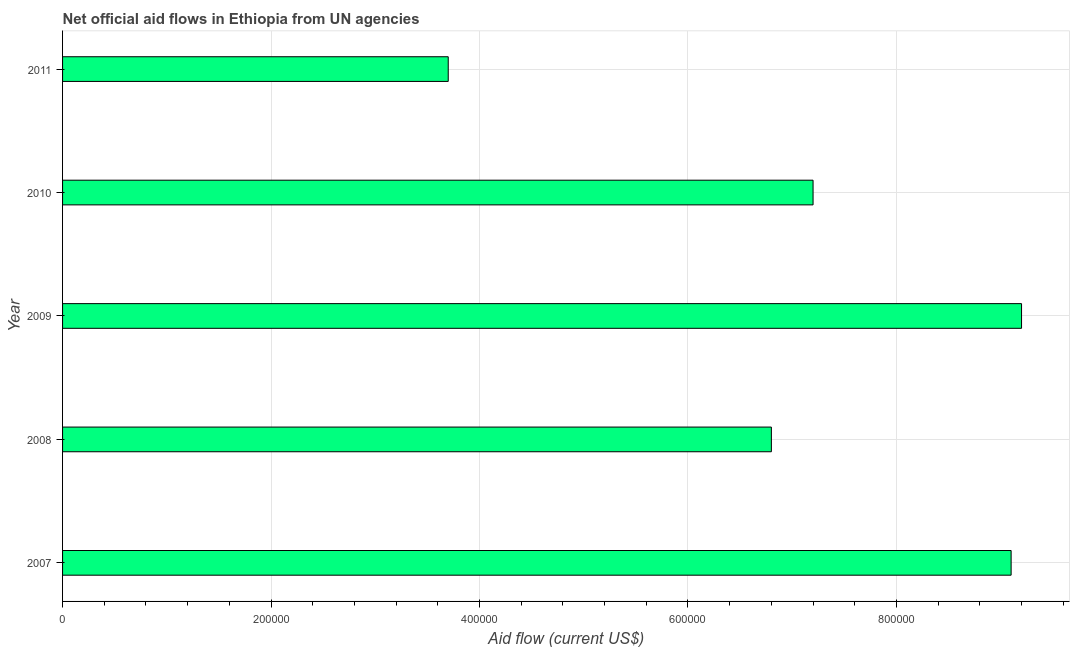
| Year | Net official flows from UN agencies |
 | --- | --- |
 | 2007 | 9.1e+05 |
 | 2008 | 6.8e+05 |
 | 2009 | 9.2e+05 |
 | 2010 | 7.2e+05 |
 | 2011 | 3.7e+05 |